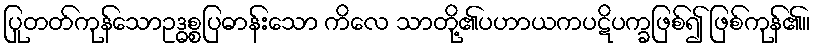
ပြုတတ်ကုန်သောဥဒ္ဓစ္စပြဓာန်းသော ကိလေ သာတို့၏ပဟာယကပဋိပက္ခဖြစ်၍ ဖြစ်ကုန်၏။